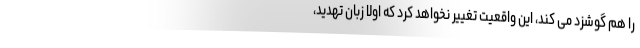
را هم گوشزد می کند، این واقعیت تغییر نخواهد کرد که اولاً زبان تهدید،